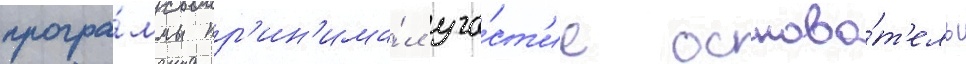
програ́ммы пр'ин'има́л уча́ст'ие основа́т'ель